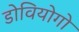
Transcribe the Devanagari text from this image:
डोवियोगो